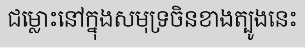
ជម្លោះនៅក្នុងសមុទ្រចិនខាងត្បូងនេះ